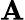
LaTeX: \mathbf{A}